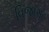
વિજાગઢ